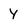
Character: y